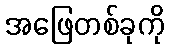
အဖြေတစ်ခုကို